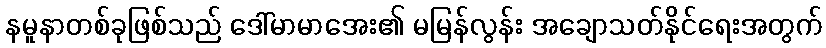
နမူနာတစ်ခုဖြစ်သည် ဒေါ်မာမာအေး၏ မမြန်လွန်း အချောသတ်နိုင်ရေးအတွက်